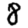
Digit: 8